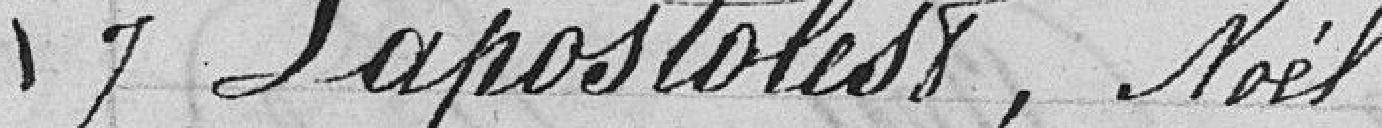
7 Lapostoles, Noël